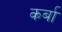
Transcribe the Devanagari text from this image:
कर्बा